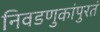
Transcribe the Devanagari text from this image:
निवडणुकांपुरतं